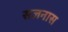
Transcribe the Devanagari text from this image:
सजनास